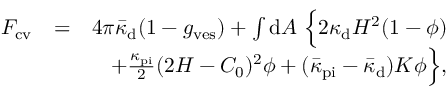
\begin{array} { r l r } { F _ { \mathrm { c v } } } & { = } & { 4 \pi \bar { \kappa } _ { \mathrm { d } } ( 1 - g _ { \mathrm { v e s } } ) + \int { \mathrm { d } } A \ \Big \{ 2 \kappa _ { \mathrm { d } } H ^ { 2 } ( 1 - \phi ) } \\ & { } & { + \frac { \kappa _ { \mathrm { p i } } } { 2 } ( 2 H - C _ { 0 } ) ^ { 2 } \phi + ( \bar { \kappa } _ { \mathrm { p i } } - \bar { \kappa } _ { \mathrm { d } } ) K \phi \Big \} , } \end{array}